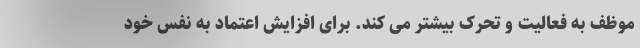
موظف به فعالیت و تحرک بیشتر می کند. برای افزایش اعتماد به نفس خود